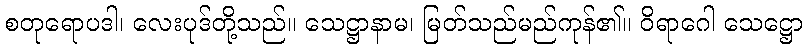
စတုရောပဒါ၊ လေးပုဒ်တို့သည်။ သေဋ္ဌာနာမ၊ မြတ်သည်မည်ကုန်၏။ ဝိရာဂေါ သေဋ္ဌော